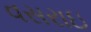
વસરાઇ